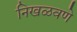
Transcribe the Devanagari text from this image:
निखळवणे